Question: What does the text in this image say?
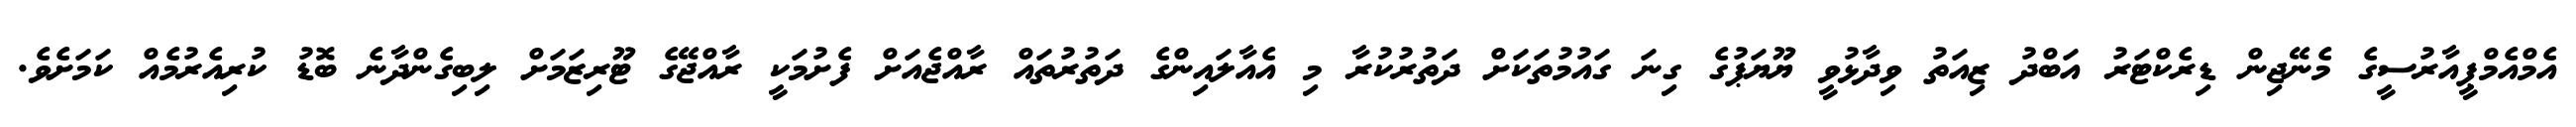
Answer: އެމްއެމްޕީއާރުސީގެ މެނޭޖިން ޑިރެކްޓަރު އަބްދު ޒިއަތު ވިދާޅުވީ ޔޫޔަޕުގެ ގިނަ ގައުމުތަކަށް ދަތުރުކުރާ މި އެއާލައިންގެ ދަތުރުތައް ރާއްޖެއަށް ފެށުމަކީ ރާއްޖޭގެ ޓޫރިޒަމަށް ލިބިގެންދާނެ ބޮޑު ކުރިއެރުމެއް ކަމަށެވެ.